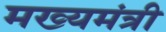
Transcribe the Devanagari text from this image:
मख्यमंत्री